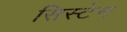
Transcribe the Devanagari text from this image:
सिस्टेन